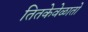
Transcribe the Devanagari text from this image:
तितकेवेळातो